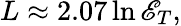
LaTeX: L\approx2.07\ln\mathscr{E}_{T},